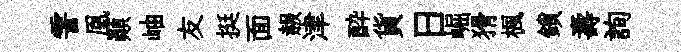
霅凰顚岫友挺面赧津酔貨日崛猾楓鎖壽詢